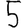
Digit: 5